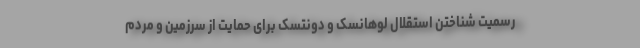
رسمیت شناختن استقلال لوهانسک و دونتسک برای حمایت از سرزمین و مردم